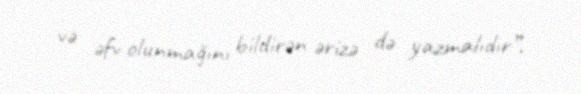
və əfv olunmağını bildirən ərizə də yazmalıdır”.